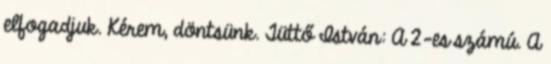
elfogadjuk. Kérem, döntsünk. Tüttő István: A 2-es számú. A